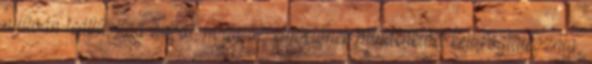
nyílván leállítottad avval, hogy az elnöklőnek mindenkivel kell foglalkoznia,